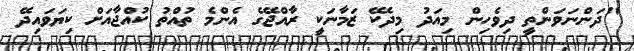
"ދަންނަވަންތީ ދިވެހިން މިއަދު މިދެކޭ ޒަމާނަކީ ރާއްޖޭގެ އެންމެ ތުއްތު ކުއްޖާއަަށް ކިޔަވައިދޭ